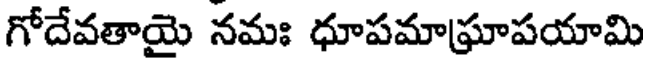
గోదేవతాయై నమః ధూపమాఘ్రాపయామి